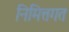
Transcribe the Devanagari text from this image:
निमित्तगत